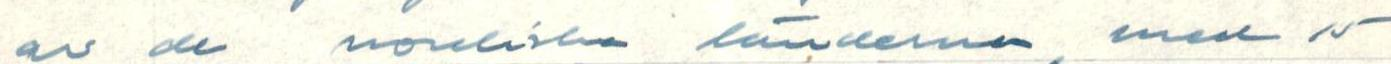
av de nordiska länderna med 15